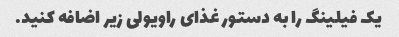
یک فیلینگ را به دستور غذای راویولی زیر اضافه کنید.